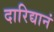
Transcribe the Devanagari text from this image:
दारिद्यानं